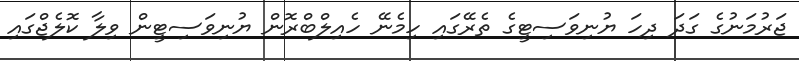
ޖަރުމަނުގެ ގަދަ ދިހަ ޔުނިވަސިޓީގެ ތެރޭގައި ހިމެނޭ ހެއިލްބްރޮން ޔުނިވަސިޓީން ވިލާ ކޮލެޖްގައި